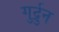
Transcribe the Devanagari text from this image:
गुर्द्रुन